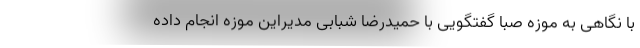
با نگاهی به موزه صبا گفتگویی با حمیدرضا شبابی مدیراین موزه انجام داده